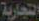
التجارية